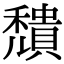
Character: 穨